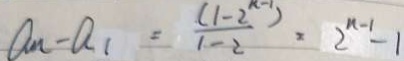
a _ { n } - a _ { 1 } = \frac { ( 1 - 2 ^ { n - 1 } ) } { 1 - 2 } \times 2 ^ { n - 1 } - 1